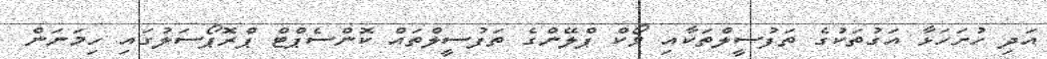
އަދި ހުށަހަޅާ އަގުތަކުގެ ތަފުސީލްތަކާއި ވޯކް ޕްލޭންގެ ތަފުސީލްތައް ކޮންސެޕްޓް ޕްރޮޕޯސަލުގައި ހިމަނަން